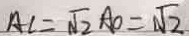
A C = \sqrt { 2 } A O = \sqrt { 2 }